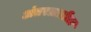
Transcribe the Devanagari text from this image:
अंतरळातील